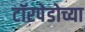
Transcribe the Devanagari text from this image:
टॉरपेडोच्या